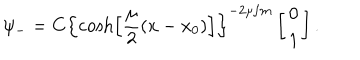
LaTeX: \psi _ { - } = C \left\{ \cosh \left[ \frac { \mu } { 2 } ( x - x _ { 0 } ) \right] \right\} ^ { - 2 \mu / m } \left[ \begin{array} { c } { { 0 } } \\ { { 1 } } \\ \end{array} \right] .